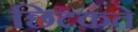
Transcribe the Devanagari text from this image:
छिटकते